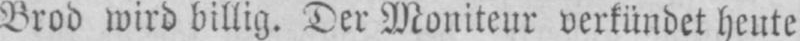
Brod wird billig. Der Moniteur verkündet heute